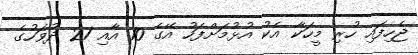
ޖެހިފައި ހުރި މީހަކާ އެކު އުޅުމަށްފަހު އޭގެ 10 އާއި 21 ދުވަހުގެ